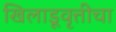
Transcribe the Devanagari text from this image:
खिलाडूवृत्तीचा